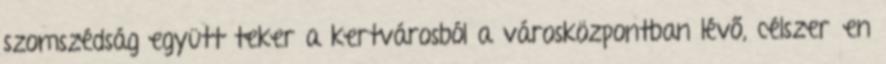
szomszédság együtt teker a kertvárosból a városközpontban lévő, célszerűen